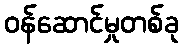
ဝန်ဆောင်မှုတစ်ခု